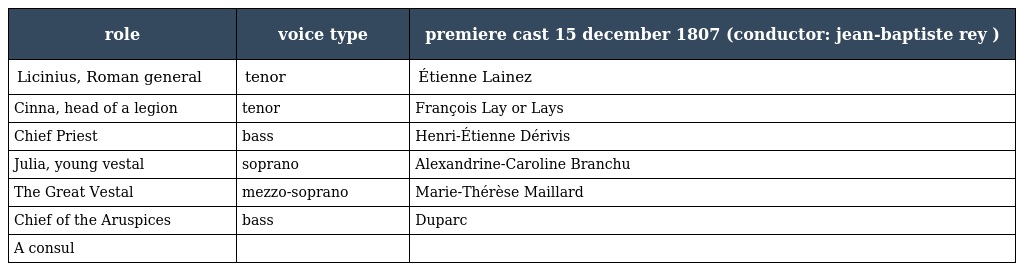
| role | voice type | premiere cast 15 december 1807 (conductor: jean-baptiste rey ) |
 | --- | --- | --- |
 | Licinius, Roman general | tenor | Étienne Lainez |
 | Cinna, head of a legion | tenor | François Lay or Lays |
 | Chief Priest | bass | Henri-Étienne Dérivis |
 | Julia, young vestal | soprano | Alexandrine-Caroline Branchu |
 | The Great Vestal | mezzo-soprano | Marie-Thérèse Maillard |
 | Chief of the Aruspices | bass | Duparc |
 | A consul |  |  |